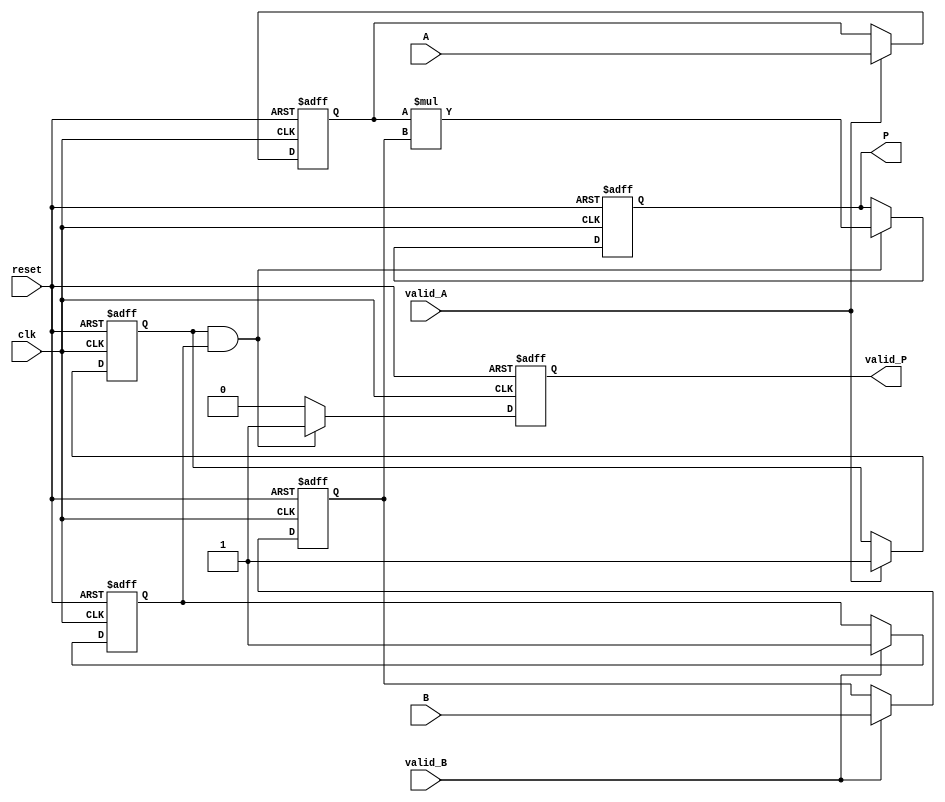
module streaming_multiplier #(
    parameter DATA_WIDTH = 16,  // Width of input data
    parameter PRODUCT_WIDTH = 32 // Width of output product
)(
    input wire clk,                // Clock signal
    input wire reset,              // Asynchronous reset signal
    input wire [DATA_WIDTH-1:0] A, // Input Data A
    input wire [DATA_WIDTH-1:0] B, // Input Data B
    input wire valid_A,            // Valid signal for Data A
    input wire valid_B,            // Valid signal for Data B
    output reg [PRODUCT_WIDTH-1:0] P, // Output product
    output reg valid_P             // Valid signal for Product
);

    reg [DATA_WIDTH-1:0] A_reg;
    reg [DATA_WIDTH-1:0] B_reg;
    reg valid_A_reg, valid_B_reg;

    // Pipelining: Stages to hold the inputs
    always @(posedge clk or posedge reset) begin
        if (reset) begin
            A_reg <= 0;
            B_reg <= 0;
            valid_A_reg <= 0;
            valid_B_reg <= 0;
            P <= 0;
            valid_P <= 0;
        end else begin
            // Register input A and B when valid signals are high
            if (valid_A) begin
                A_reg <= A;
                valid_A_reg <= 1;
            end

            if (valid_B) begin
                B_reg <= B;
                valid_B_reg <= 1;
            end

            // Multiply when both inputs are valid
            if (valid_A_reg && valid_B_reg) begin
                P <= A_reg * B_reg;   // Perform multiplication
                valid_P <= 1;         // Set product valid signal
            end else begin
                valid_P <= 0;         // Clear valid signal if inputs not valid
            end
        end
    end

endmodule